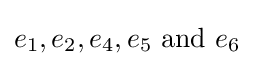
e_{1},e_{2},e_{4},e_{5}\ {\mbox{and}}\ e_{6}